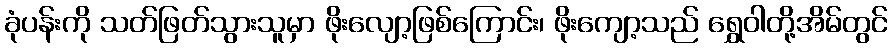
ခုံပန်းကို သတ်ဖြတ်သွားသူမှာ ဖိုးလျော့ဖြစ်ကြောင်း၊ ဖိုးကျော့သည် ရွှေဝါတို့အိမ်တွင်